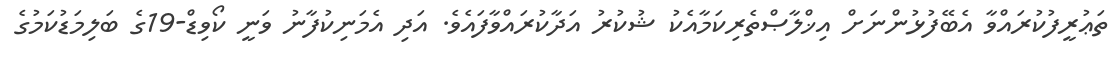
ތަޢުރީފުކުރައްވާ އެބޭފުޅުންނަށް އިޚްލާޞްތެރިކަމާއެކު ޝުކުރު އަދާކުރައްވާފައެވެ. އަދި އެމަނިކުފާނު ވަނީ ކޯވިޑް-19ގެ ބަލިމަޑުކަމުގެ